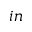
i n